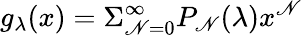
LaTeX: g_{\lambda}(x)=\Sigma_{\mathscr{N}=0}^{\infty}P_{\mathscr{N}}(\lambda)x^{\mathscr{N}}